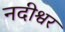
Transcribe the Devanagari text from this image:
नदीश्वर